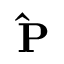
\mathbf { \hat { P } }